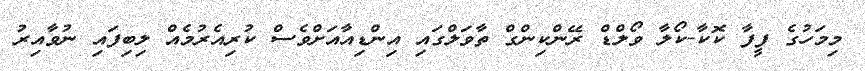
މިމަހުގެ ފީފާ ކޮކާ-ކޯލާ ވޯލްޑް ރޭންކިންގް ތާވަލްގައި އިންޑިއާއަށްވެސް ކުރިއެރުމެއް ލިބިފައި ނުވާއިރު